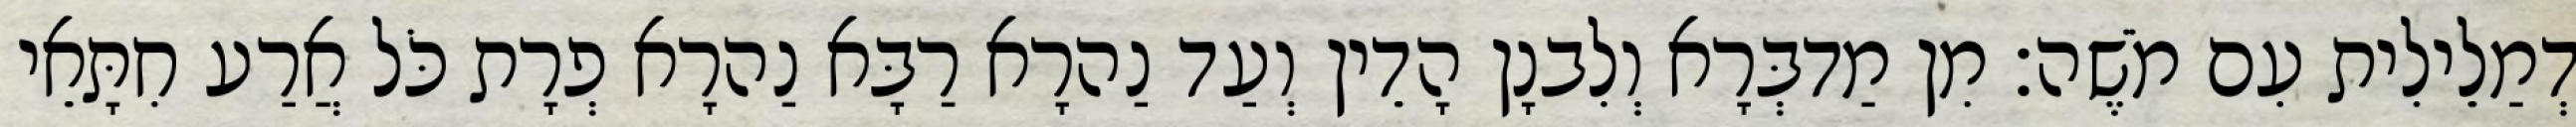
דְמַלֵילִית עִם מֹשֶׁה׃ מִן מַדבְּרָא וְלִבנָן הָדֵין וְעַד נַהרָא רַבָּא נַהרָא פְרָת כֹּל אֲרַע חִתָּאֵי